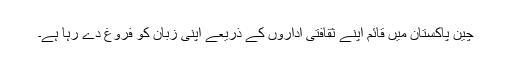
چین پاکستان میں قائم اپنے ثقافتی اداروں کے ذریعے اپنی زبان کو فروغ دے رہا ہے۔